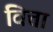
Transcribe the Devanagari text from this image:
वित्ता